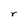
Character: r